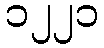
၁၂၂၁